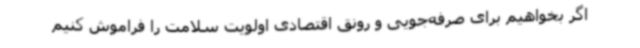
اگر بخواهیم برای صرفه‌جویی و رونق اقتصادی اولویت سلامت را فراموش کنیم